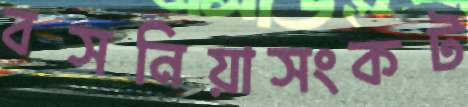
বসনিয়াসংকট